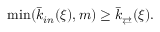
\operatorname* { m i n } ( \bar { k } _ { i n } ( \xi ) , m ) \geq \bar { k } _ { \rightleftarrows } ( \xi ) .